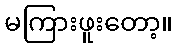
မကြားဖူးတော့။